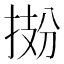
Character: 𫽂